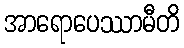
အာရောပေဿာမီတိ